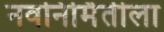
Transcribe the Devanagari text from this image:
नवनिर्मितीला